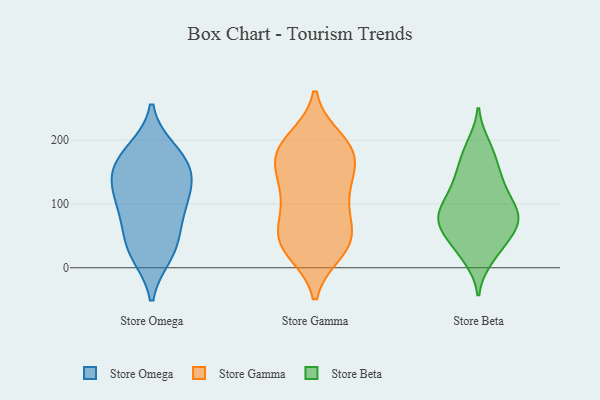
{"axis": {"x": "Tickets Resolved", "y": "Value"}, "legend": ["Store Beta", "Store Gamma", "Store Omega"], "data": [{"x": "", "y": 27, "type": "Store Omega"}, {"x": "", "y": 138, "type": "Store Omega"}, {"x": "", "y": 124, "type": "Store Omega"}, {"x": "", "y": 41, "type": "Store Omega"}, {"x": "", "y": 77, "type": "Store Omega"}, {"x": "", "y": 175, "type": "Store Omega"}, {"x": "", "y": 22, "type": "Store Omega"}, {"x": "", "y": 159, "type": "Store Omega"}, {"x": "", "y": 93, "type": "Store Omega"}, {"x": "", "y": 153, "type": "Store Omega"}, {"x": "", "y": 106, "type": "Store Omega"}, {"x": "", "y": 183, "type": "Store Omega"}, {"x": "", "y": 49, "type": "Store Gamma"}, {"x": "", "y": 160, "type": "Store Gamma"}, {"x": "", "y": 39, "type": "Store Gamma"}, {"x": "", "y": 85, "type": "Store Gamma"}, {"x": "", "y": 118, "type": "Store Gamma"}, {"x": "", "y": 27, "type": "Store Gamma"}, {"x": "", "y": 112, "type": "Store Gamma"}, {"x": "", "y": 192, "type": "Store Gamma"}, {"x": "", "y": 200, "type": "Store Gamma"}, {"x": "", "y": 48, "type": "Store Gamma"}, {"x": "", "y": 175, "type": "Store Gamma"}, {"x": "", "y": 180, "type": "Store Gamma"}, {"x": "", "y": 53, "type": "Store Gamma"}, {"x": "", "y": 120, "type": "Store Gamma"}, {"x": "", "y": 187, "type": "Store Gamma"}, {"x": "", "y": 159, "type": "Store Gamma"}, {"x": "", "y": 30, "type": "Store Gamma"}, {"x": "", "y": 16, "type": "Store Beta"}, {"x": "", "y": 52, "type": "Store Beta"}, {"x": "", "y": 26, "type": "Store Beta"}, {"x": "", "y": 119, "type": "Store Beta"}, {"x": "", "y": 133, "type": "Store Beta"}, {"x": "", "y": 55, "type": "Store Beta"}, {"x": "", "y": 66, "type": "Store Beta"}, {"x": "", "y": 191, "type": "Store Beta"}, {"x": "", "y": 142, "type": "Store Beta"}, {"x": "", "y": 29, "type": "Store Beta"}, {"x": "", "y": 80, "type": "Store Beta"}, {"x": "", "y": 136, "type": "Store Beta"}, {"x": "", "y": 82, "type": "Store Beta"}, {"x": "", "y": 93, "type": "Store Beta"}, {"x": "", "y": 169, "type": "Store Beta"}, {"x": "", "y": 183, "type": "Store Beta"}, {"x": "", "y": 82, "type": "Store Beta"}, {"x": "", "y": 99, "type": "Store Beta"}, {"x": "", "y": 77, "type": "Store Beta"}, {"x": "", "y": 73, "type": "Store Beta"}]}